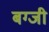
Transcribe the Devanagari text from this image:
बग्जी